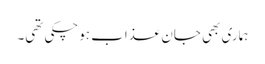
ہماری بھی جان عذاب ہوچکی تھی۔